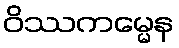
ဝိဿကမ္မေန